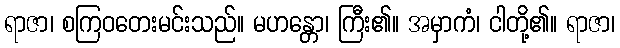
ရာဇာ၊ စကြဝတေးမင်းသည်။ မဟန္တော၊ ကြီး၏။ အမှာကံ၊ ငါတို့၏။ ရာဇာ၊